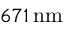
6 7 1 \, \mathrm { n m }